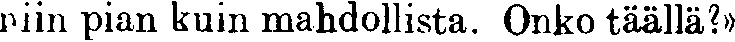
niin pian kuin mahdollista. Onko täällä?»